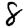
Digit: 8